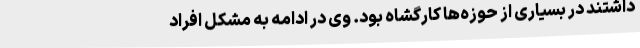
داشتند در بسیاری از حوزه‌ها کارگشاه بود. وی در ادامه به مشکل افراد